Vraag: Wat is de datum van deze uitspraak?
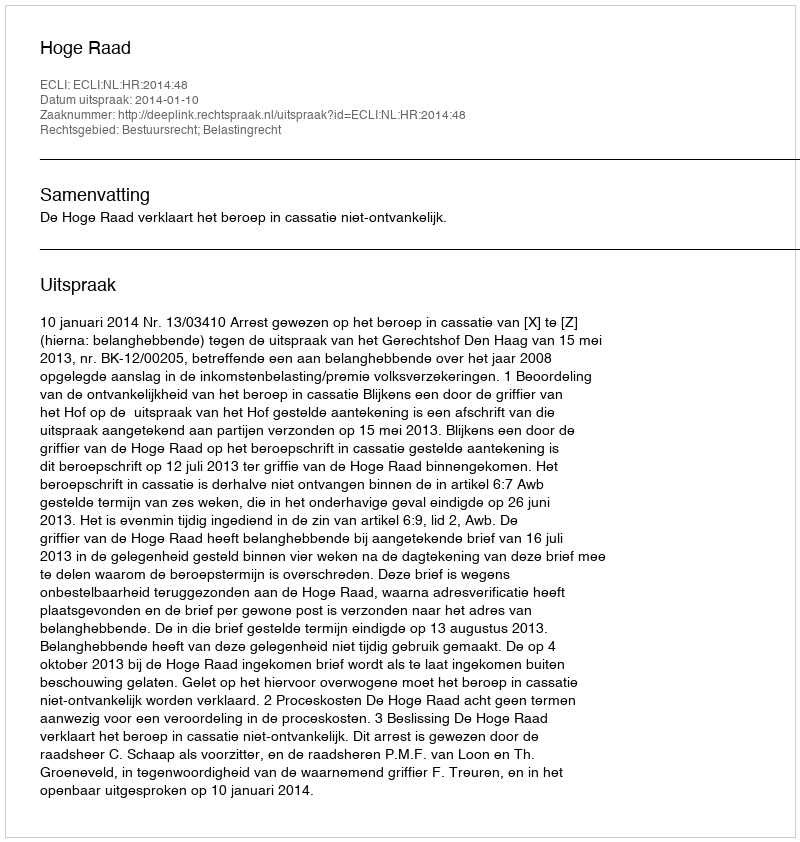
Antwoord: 2014-01-10